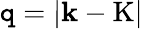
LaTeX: \mathtt{q}=\left|\mathbf{{k}}-\mathrm{{K}}\right|